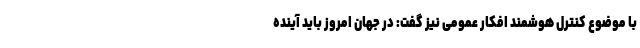
با موضوع کنترل هوشمند افکار عمومی نیز گفت: در جهان امروز باید آینده